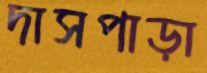
দাসপাড়া